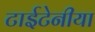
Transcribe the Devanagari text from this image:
टाईटेनीया